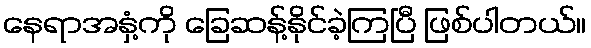
နေရာအနှံ့ကို ခြေဆန့်နိုင်ခဲ့ကြပြီ ဖြစ်ပါတယ်။